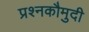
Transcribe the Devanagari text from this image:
प्रश्नकौमुदी